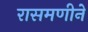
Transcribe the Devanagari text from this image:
रासमणीने